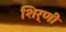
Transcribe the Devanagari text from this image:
शिर्णी